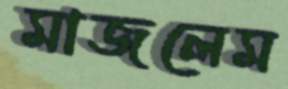
মাজলেম